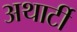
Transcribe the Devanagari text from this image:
अथार्टी